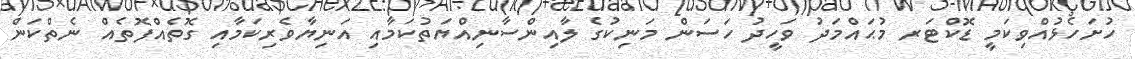
ހުށަހެޅުއްވިކަމީ ޑޮކްޓަރ މުޙައްމަދު ވަހީދު ހަސަން މަނިކުގެ ލާއިންސާނިއްޔަތުކަމާއި އަނިޔާވެރިކަމާއި ގޮތެއްފޮތެއް ނެތްކަން